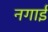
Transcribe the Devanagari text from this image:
नगाई